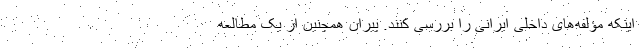
اینکه مؤلفه‌های داخلی ایرانی را بررسی کنند. پیران همچنین از یک مطالعه